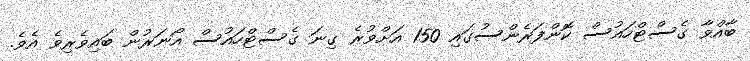
ބާއްވާ ގެސްޓްހައުސް ކޮންފަރެންސުގައި 150 އަށްވުރެ ގިނަ ގެސްޓްހައުސް އޯނަރުން ބައިވެރިވެ އެވެ.